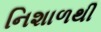
નિશાળથી